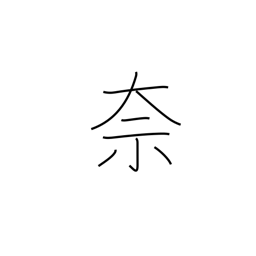
Meaning: what?